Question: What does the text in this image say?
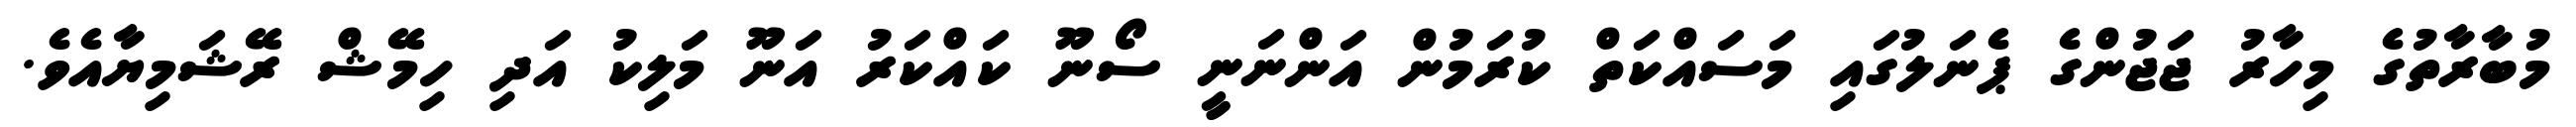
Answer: މުބާރާތުގެ މިހާރު ޖަޖުންގެ ޕެނަލުގައި މަސައްކަތް ކުރަމުން އަންނަނީ ސޯނޫ ކައްކަރު އަނޫ މަލިކު އަދި ހިމޭޝް ރޭޝަމިޔާއެވެ.